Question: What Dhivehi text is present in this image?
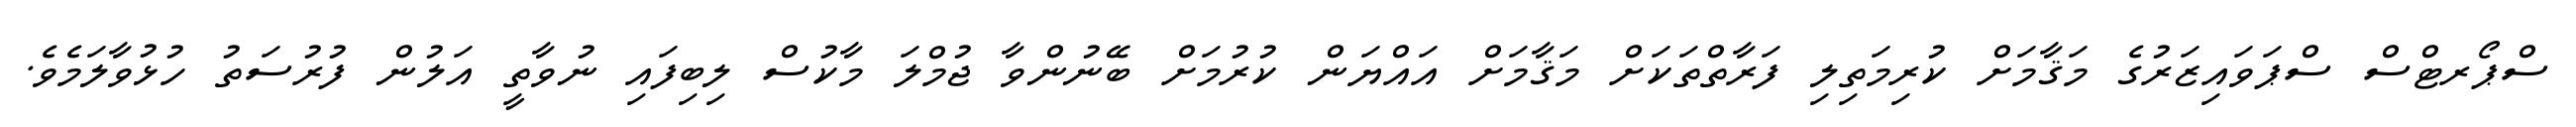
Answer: ސްޕޯރޓްސް ސްޕަވައިޒަރުގެ މަޤާމަށް ކުރިމަތިލި ފަރާތްތަކަށް މަޤާމަށް އައްޔަން ކުރުމަށް ބޭނުންވާ ޖުމްލަ މާކުސް ލިބިފައި ނުވާތީ އަލުން ފުރުސަތު ހުޅުވާލަމެވެ.